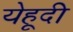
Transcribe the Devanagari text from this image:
येहूदी